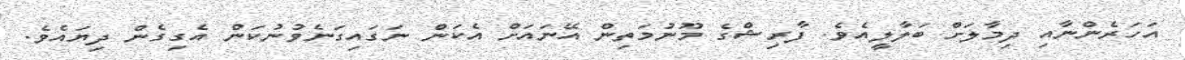
އަހަރެންނާއި ދިމާލަށް ބަލާލީއެވެ. ފާރިޝްގެ މޫނުމަތިން އޭނައަށް އެކަން ނަގައިގަނެވުނުކަން އެގިގެން ދިޔައެވެ.